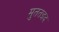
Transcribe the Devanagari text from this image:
मुततइद